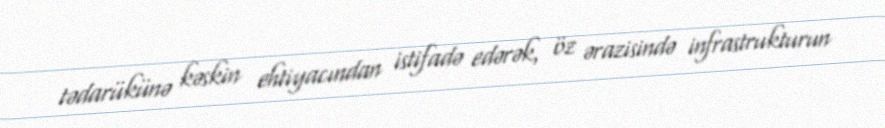
tədarükünə kəskin ehtiyacından istifadə edərək, öz ərazisində infrastrukturun